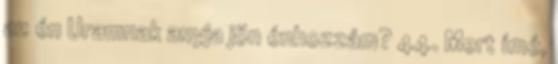
az én Uramnak anyja jön énhozzám? 44. Mert ímé,